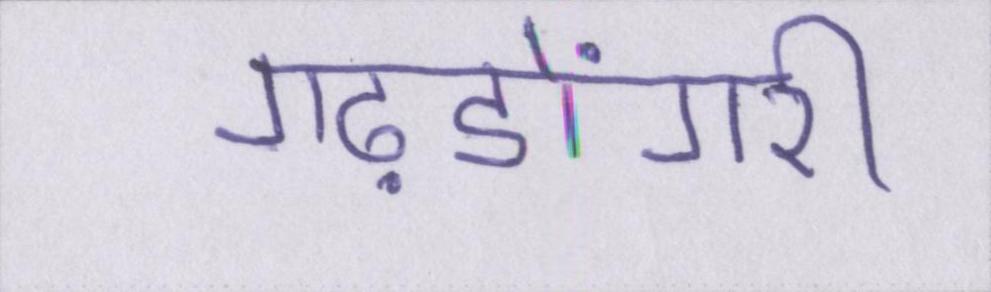
गढ़डोंगरी